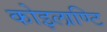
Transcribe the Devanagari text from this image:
कोइलाण्टि